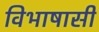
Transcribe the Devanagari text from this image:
विभाषासी